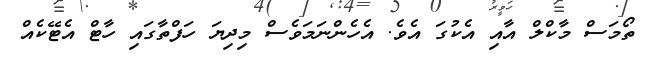
ތޯމަސް މާކްލް އާއި އެކުގަ އެވެ. އެހެންނަމަވެސް މިދިޔަ ހަފްތާގައި ހާޓް އެޓޭކެއް